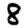
Digit: 8